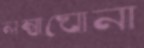
লম্বাঘোনা